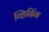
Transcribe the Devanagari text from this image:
व्हिनिंग